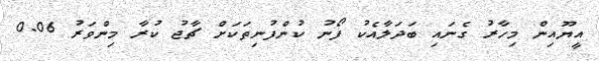
އީޔޫއިން މިހާރު ގެނައި ބަދަލާއެކު ފޯނު ކުންފުނިތަކަށް ޗާޖު ކުރާ މިންވަރު 0.06